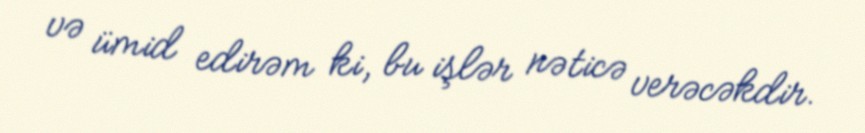
və ümid edirəm ki, bu işlər nəticə verəcəkdir.